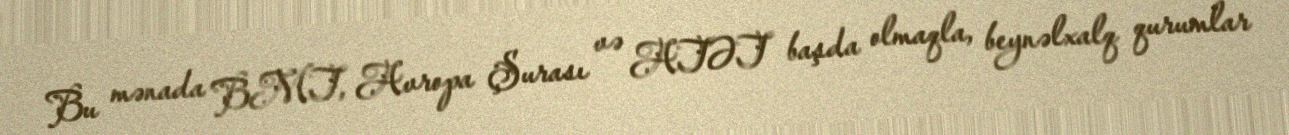
Bu mənada BMT, Avropa Şurası və ATƏT başda olmaqla, beynəlxalq qurumlar